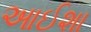
આઈશા